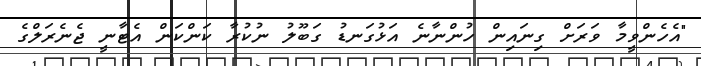
"އެހެންވީމާ ވަރަށް ގިނައިން ހުންނާނެ އަޅުގަނޑު ގަބޫލު ނުކުރާ ކަންކަން އެޓާނީ ޖެނެރަލްގެ